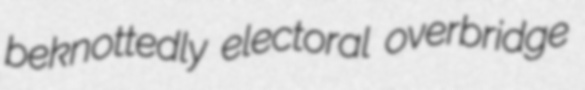
beknottedly electoral overbridge